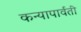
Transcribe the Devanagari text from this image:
कन्यापार्वती